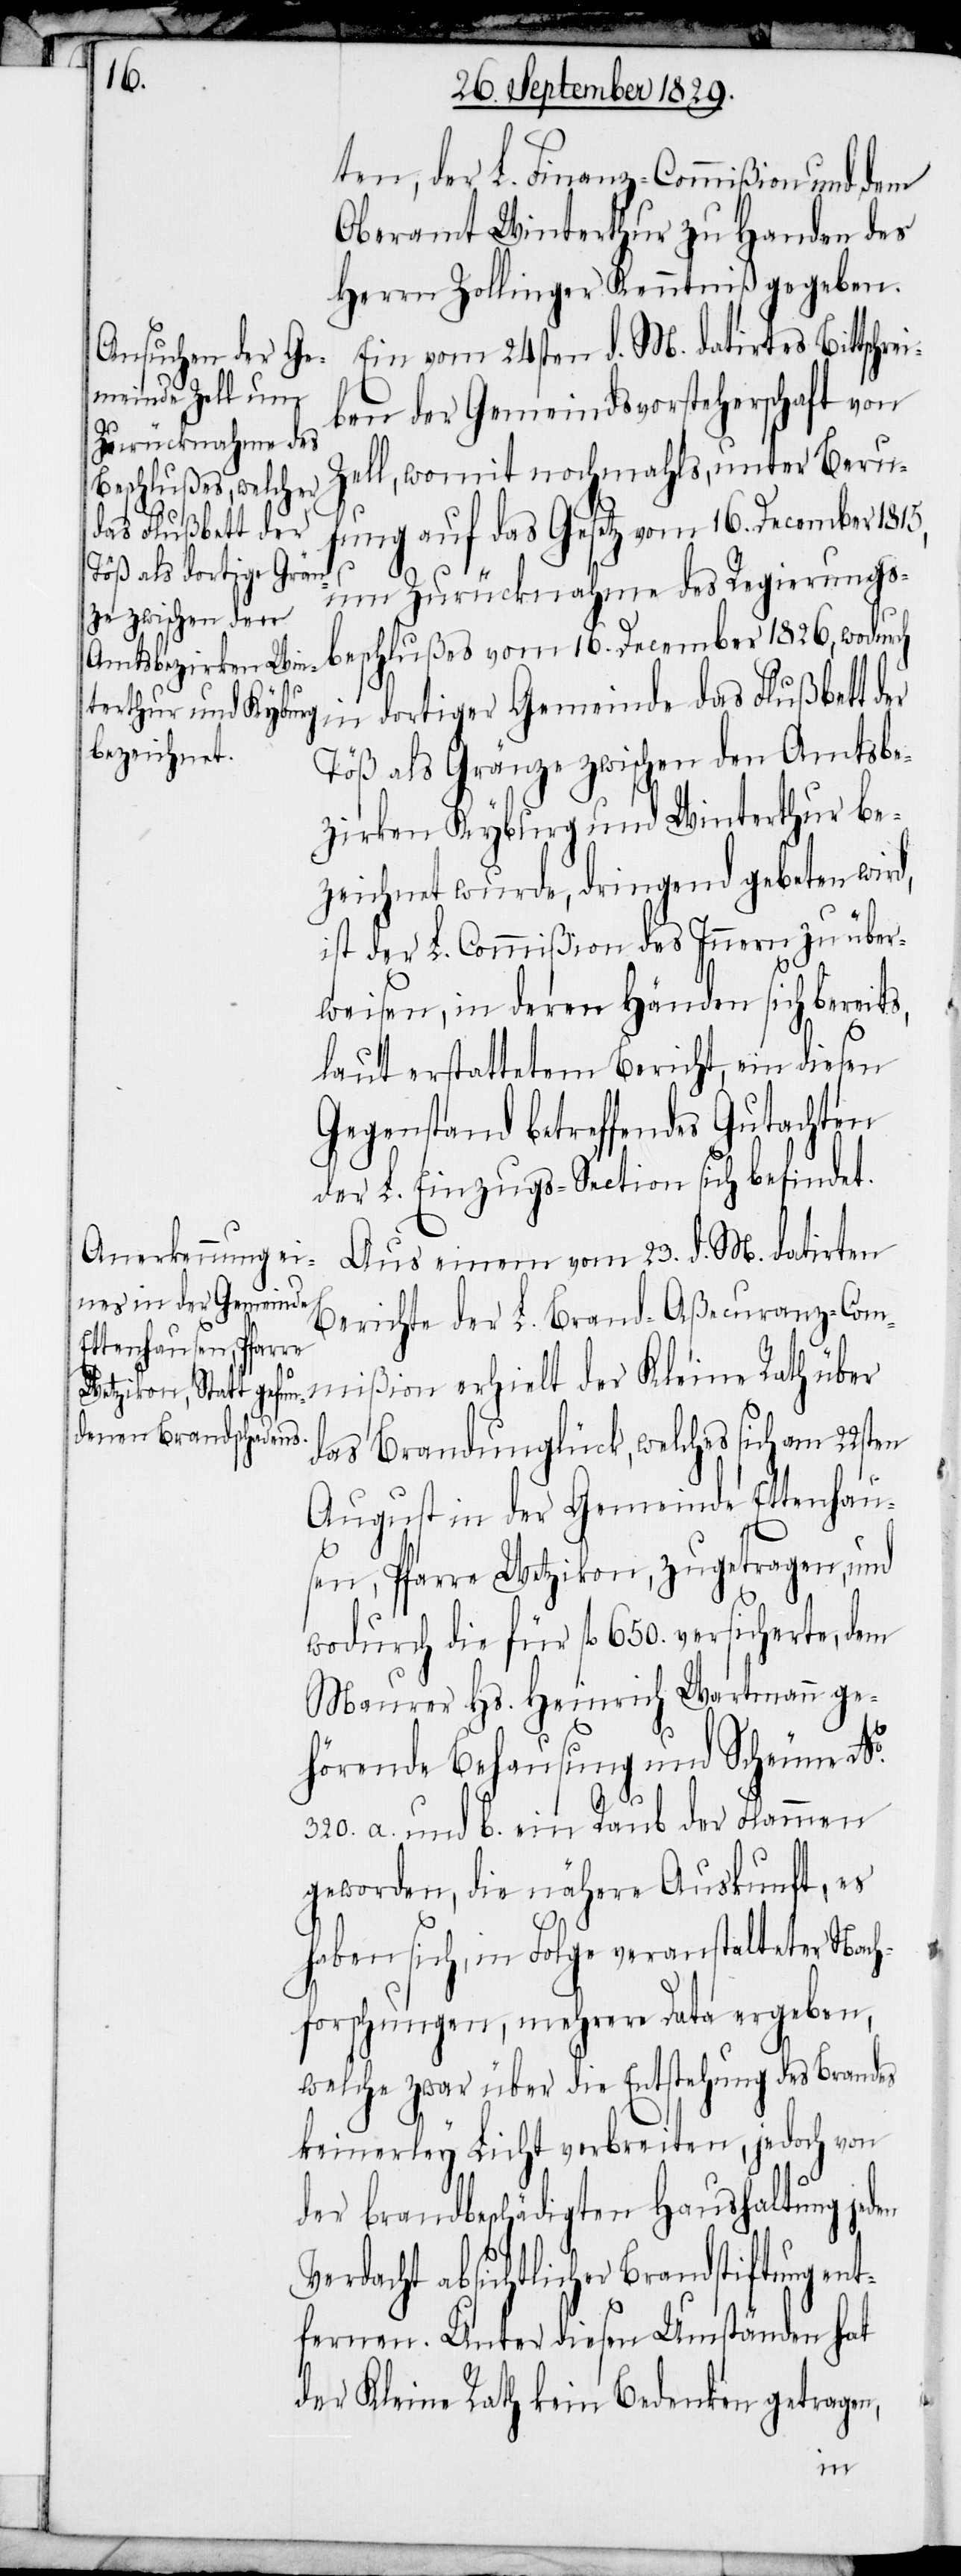
ten, der L. Finanz-Commißion und dem
Oberamt Winterthur zu Handen des
Herrn Zollinger Kenntniß gegeben.
Ein vom 24sten d. M. datirtes Bittschre¬
iben der Gemeindsvorsteherschaft von
Zell, womit nochmahls, unter Beru¬
der
fung auf das Gesetz vom 16. December 1815,
um Zurücknahme des Regierungs¬
beschlußes vom 16. December 1826, wodurch
in dortiger Gemeinde das Flußbett der
Töß als Gränze zwischen den Amtsbe¬
zirken Kyburg und Winterthur be¬
zeichnet wurde, dringend gebeten wird,
ist der L. Commißion des Innern zu über¬
weisen, in deren Händen sich bereit¬
laut erstattetem Bericht, ein diesen
Gegenstand betreffendes Gutachten
der L. Einzugs-Section sich befindet.
Aus einem vom 23. d. M. datirten
Berichte der L. Brand-Aßecuranz-Com¬
das Brandunglück, welches sich am 22st¬
August in der Gemeinde Ettenhau¬
sen, Pfarre Wetzikon, zugetragen, und
wodurch die für fl. 650. versicherte, dem
Maurer Hs. Heinrich Wartmann ge¬
hörende Behausung und Scheune No.
320. a. und b. ein Raub der Flammen
geworden, die nähere Auskunft, es
haben sich, in Folge veranstalteter Nach¬
forschungen, mehrere Data ergeben,
welche zwar über die Entstehung des Brandes
keinerley Licht verbreiten, jedoch von
der brandbeschädigten Haushaltung jeden
Verdacht absichtlicher Brandstiftung ent¬
fernen. Unter diesen Umständen hat
der Kleine Rath kein Bedenken getragen,
en